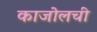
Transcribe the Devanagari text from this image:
काजोलची